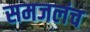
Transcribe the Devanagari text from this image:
समजलंच